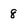
Character: 8